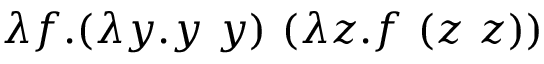
\lambda f . ( \lambda y . y \ y ) \ ( \lambda z . f \ ( z \ z ) )